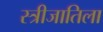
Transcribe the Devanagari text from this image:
स्त्रीजातिला